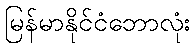
မြန်မာနိုင်ငံဘောလုံး